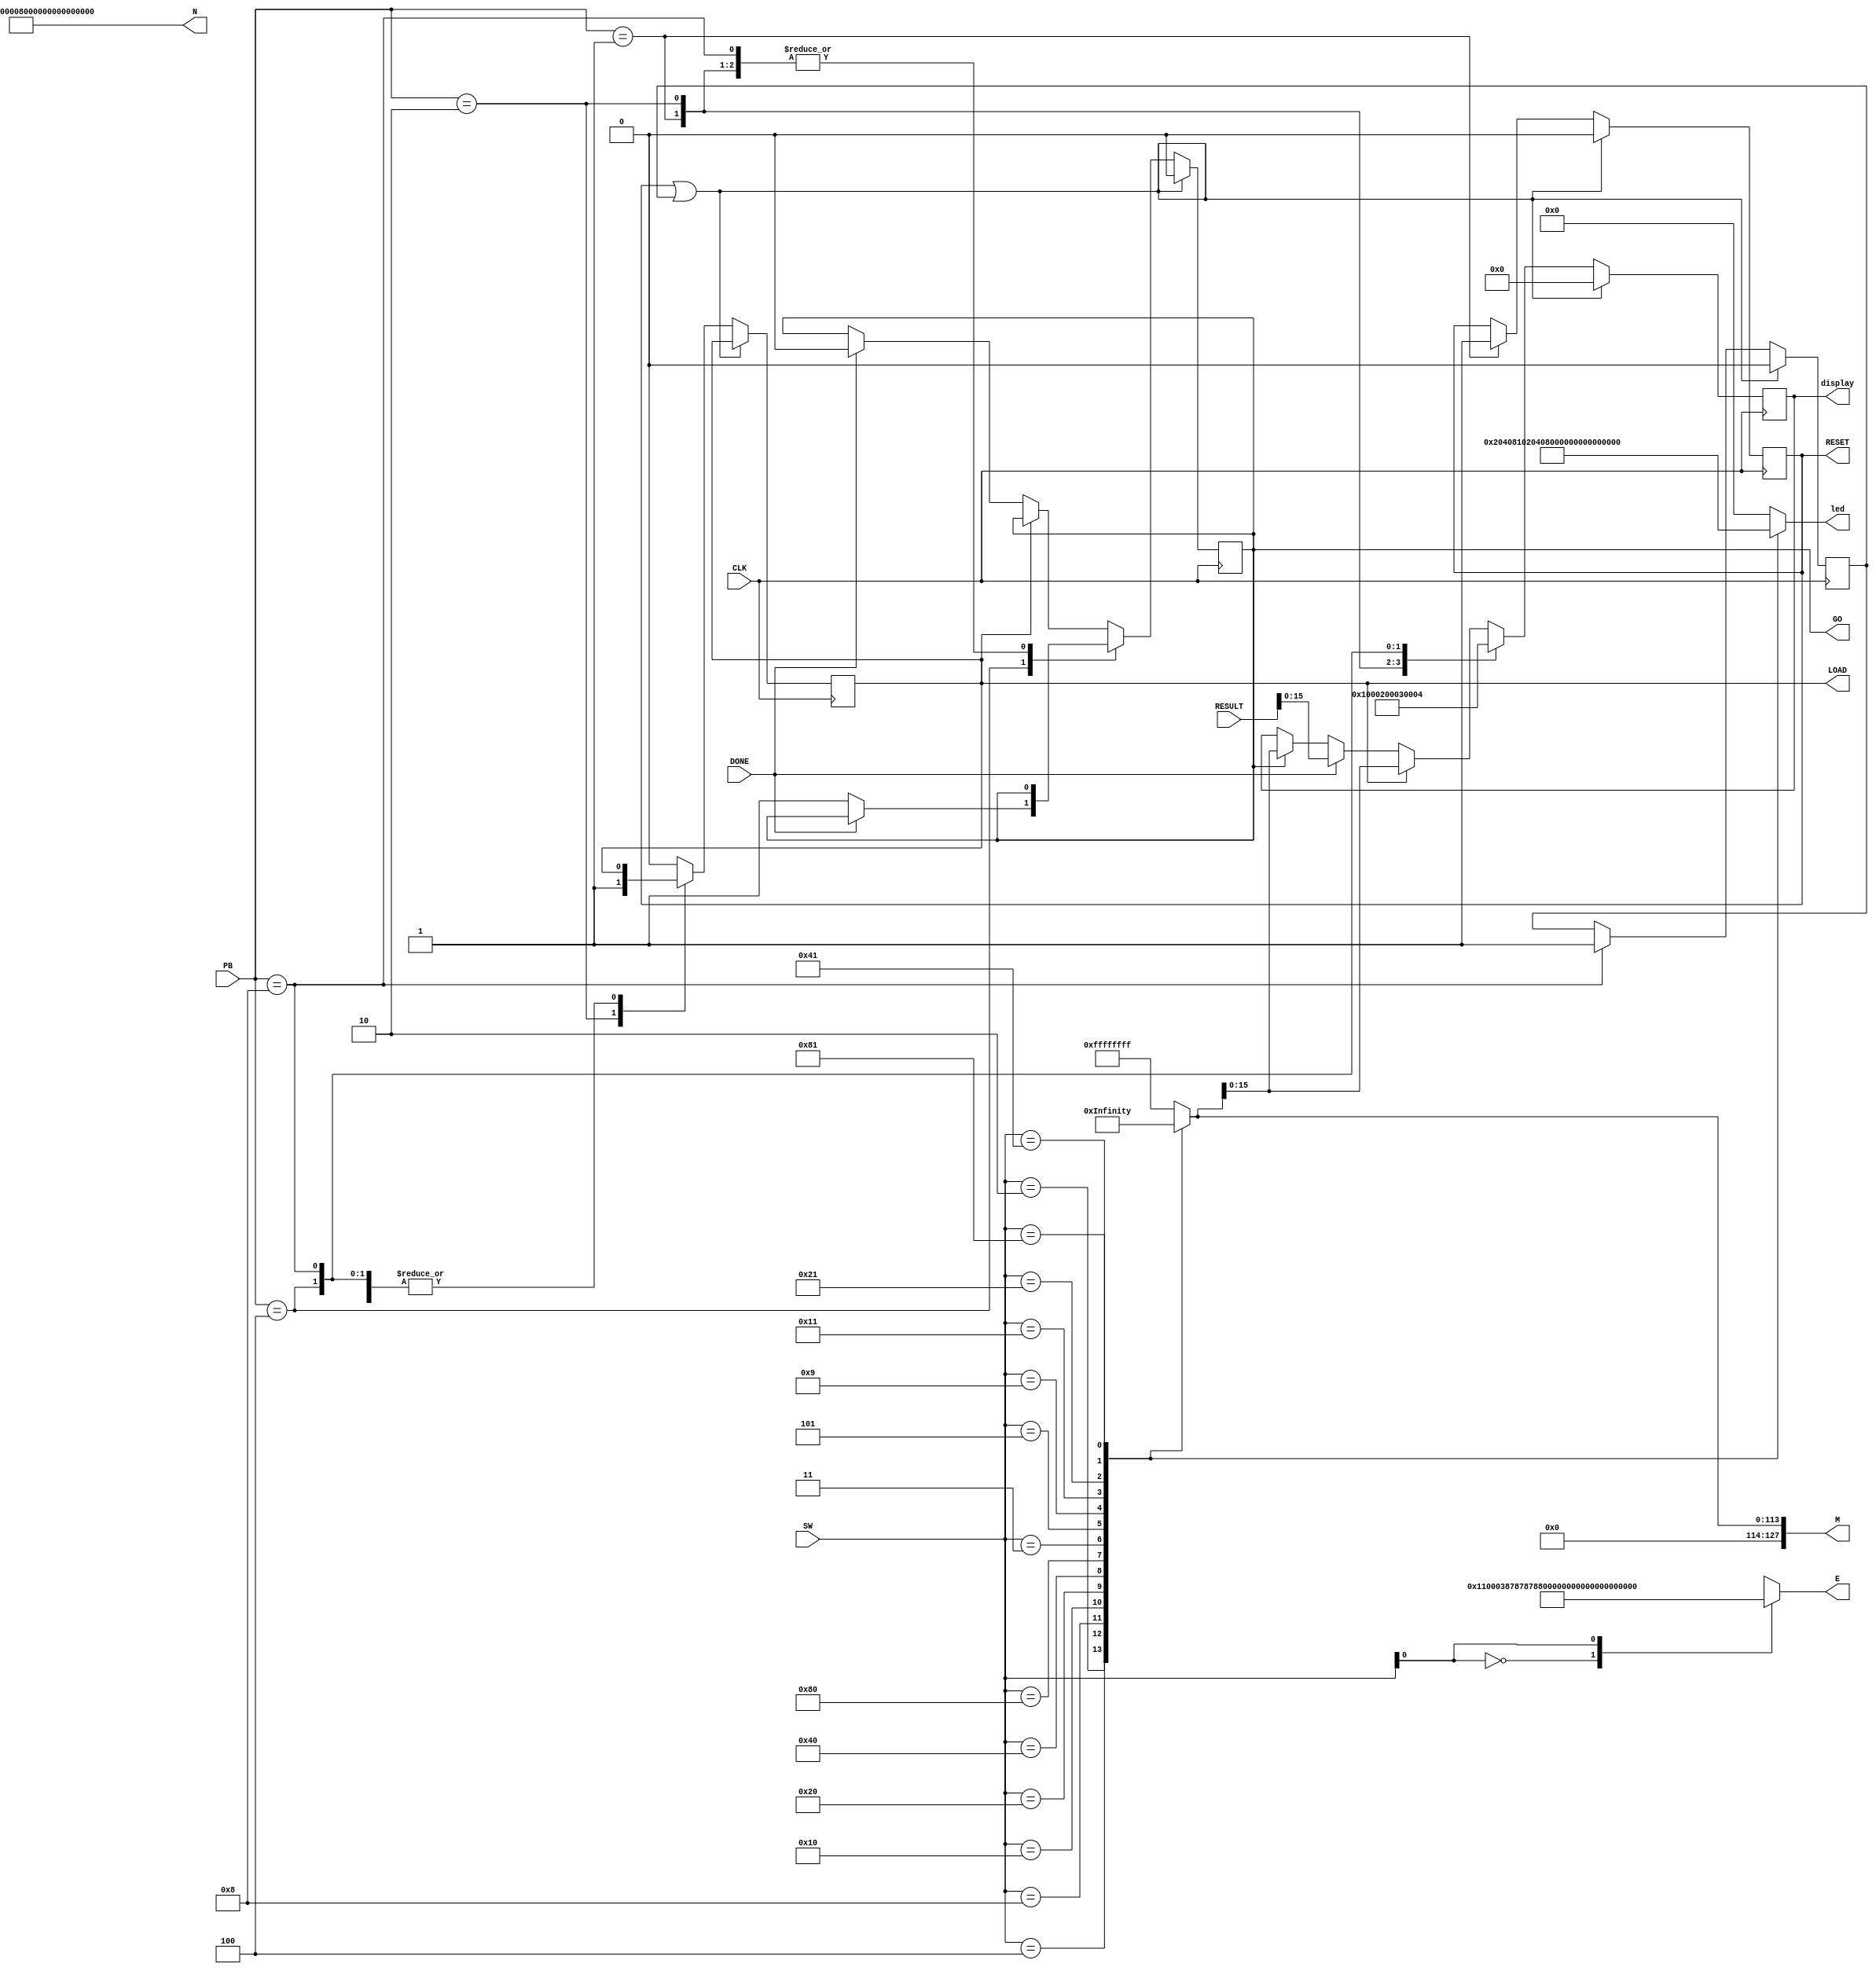
//STIMULOUS.v - state machine that interfaces the hw in project 3
//
//
///////////////////////////////////////////////////////////////////////////

`define BITS 128

module STIMULOUS(
	input 				CLK,		// clock
	input [4:0]			PB,		// push buttons
	input [7:0]			SW,		// swithches
	
	output  reg			GO,		// generated GO signal
	output  reg 			RESET,		// system reset generate
	output  reg			LOAD,		// memory control signal - load data
	output  reg [`BITS-1:0]	M,			// message
	output  reg [`BITS-1:0]	E,			// exponent
//	output  reg [`BITS-1:0]	N  = `BITS'd1189,	// 16 bit modulous
//	output  reg [`BITS-1:0]	N  = `BITS'd1073602561,	// 32 bit modulous 
//	output  reg [`BITS-1:0]	N  = `BITS'd288230439905132863 ,	// 64 bit modulous 
	output  reg [`BITS-1:0]	N  = `BITS'd20769187434139322034329832130609147 ,	// 128 bit modulous 
//	output  reg [`BITS-1:0]	N  = `BITS'd20769187434139322034329832130609147 ,	// 256 bit modulous 
	input	[`BITS-1:0]		RESULT,		// result from memory
	input				DONE,		// RESULT clock into memory
	
	output reg [15:0]  		display,	// information to be displayed
	output reg [7:0]   		led		// LED light to illuminate
	);

	reg			STOP;

	// all messages below work the current 128 bits set up
	always @(*) 			// mux the message 
		case (SW) // switch pos	 	message	   	led code	// Hex
			8'b00000010: begin M = `BITS'h1ce;		led = 2; end	//
			8'b00000100: begin M = `BITS'hcafe; 	led = 4; end	// 
			8'b00001000: begin M = `BITS'hf00d;  	led = 8; end	// 
			8'b00010000: begin M = `BITS'hbeef; 	led = 16; end	//
			8'b00100000: begin M = `BITS'hface; 	led = 32; end	// 
			8'b01000000: begin M = `BITS'hdead; 	led = 64; end	// 
			8'b10000000: begin M = `BITS'hc0de; 	led = 128; end	//	
			
			8'b00000011: begin M = `BITS'h284e44b308332689008e7e9e20b82;  	led = 3; end	// 
			8'b00000101: begin M = `BITS'h16c8566520a7f7c778dfdf6756bcc; 	led = 5; end 	// 
			8'b00001001: begin M = `BITS'h18b1106b06013df6b9c4e5b6171e2;  	led = 9; end	// 
			8'b00010001: begin M = `BITS'h9e2b4fb42f46f75a8a171c0add88; led = 17; end	//  
			8'b00100001: begin M = `BITS'h252ad782fe680437263eb15895e5e;  led = 33; end //	
			8'b01000001: begin M = `BITS'hf55b9e00458b79fa51a1067ce65d ;  led = 65; end    // 
			8'b10000001: begin M = `BITS'h5ed411268e8afd2dd42b37e2070c;  led = 129; end    // 		
			
			default: begin M = `BITS'hffffffff; led = 0; end
		endcase
			//
			// 16 bit expooents 3, 187
			// 32 bit exponents 11, 390350291
			// 64 bit exponents 5, 172938262574058869
			//
			// 128bit key
			// public ( 17, 20769187434139322034329832130609147 )
			// private ( 18325753618358223281893785584271353, 20769187434139322034329832130609147 )
			//
	always @(*)  // mux the exponent.  no need to worry about N now
		case (SW[0:0])
			// 128 bit
			1'b0: E = `BITS'd17;
			1'b1: E = `BITS'd18325753618358223281893785584271353;			
			// 64 bit
			//1'b0: E = `BITS'd5;
			//1'b1: E = `BITS'd172938262574058869;
			// 16 bit
			//1'b0: E = `BITS'd3;
			//1'b1: E = `BITS'd187;
			// 32 bit
			//1'b0: E = `BITS'd11;
			//1'b1: E = `BITS'd390350291;
			default: E = `BITS'hffffffff;
		endcase

		// here is a pretty sloppy state machine to display results...
		
	always @(posedge CLK)
		if (RESET||STOP) begin GO <= 0; RESET <= 0; STOP <= 0; display <= 0; end
		else case (PB)
			5'b00001: 	begin RESET <= 1; display <= 1; end
			5'b00010: 	begin LOAD <= 1; display <= 2; end
			5'b00100: 	begin if (!DONE) GO <= 1; display <= 3; end
			5'b01000: 	begin STOP <= 1; display <= 4; end
//			5'b10000;	begin if (DONE) GO <= 0; display <= 5; end
			default: 	begin
					if (LOAD) begin LOAD <= 0; display <= M; end
					else if (DONE) begin GO <= 0; display <= RESULT; end
					else if (GO) display <= M;
					else display <= display;
					end
		endcase
					
endmodule